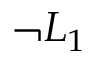
\neg L _ { 1 }